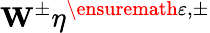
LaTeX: \mathbf{W}^{\pm}\eta^{\ensuremath{\varepsilon},\pm}